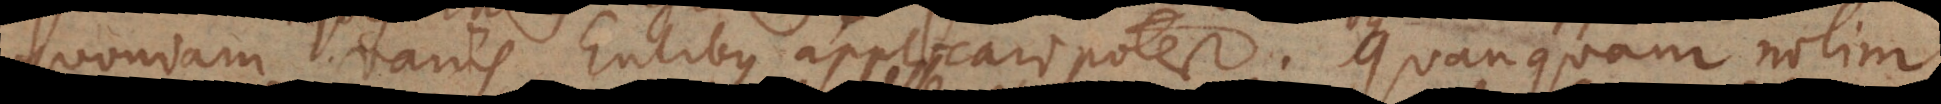
omnibus variis Entibus applicari potest. Quanquam nolim